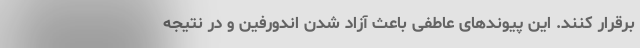
برقرار کنند. این پیوند‌های عاطفی باعث آزاد شدن اندورفین و در نتیجه